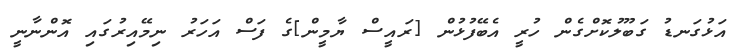
އަޅުގަނޑު ގަބޫލުކޮށްގެން ހުރީ އެބޭފުޅުން [ރައީސް ޔާމީން]ގެ ފަސް އަހަރު ނިމޭއިރުގައި އޮންނާނީ